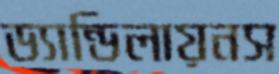
ড্যান্ডিলায়নস